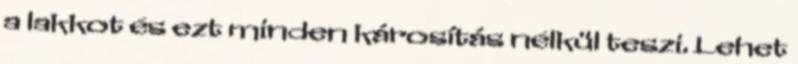
a lakkot és ezt minden károsítás nélkül teszi. Lehet